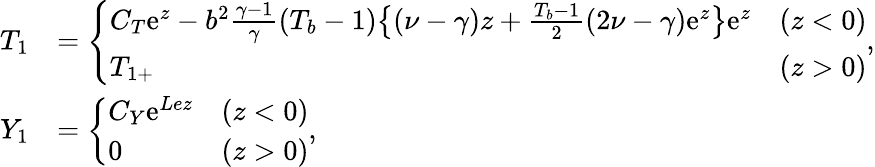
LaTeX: \begin{array}{rl}{{T}_{1}}&{=\left\{ \begin{array}{lll}{C_{T}\mathrm{e}^{z}-b^{2}\frac{\gamma-1}{\gamma}(T_{b}-1)\big\{ (\nu-\gamma)z+\frac{T_{b}-1}{2}(2\nu-\gamma)\mathrm{e}^{z}\big\} \mathrm{e}^{z}}&{(z<0)}\\ {{T}_{1+}}&{(z>0)}\end{array}\right.,}\\ {{Y}_{1}}&{=\left\{ \begin{array}{lll}{C_{Y}\mathrm{e}^{Lez}}&{(z<0)}\\ {0}&{(z>0)}\end{array}\right.,}\end{array}